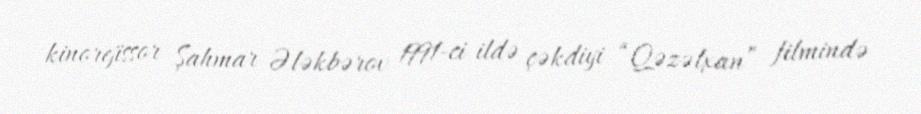
kinorejissor Şahmar Ələkbərov 1991-ci ildə çəkdiyi “Qəzəlxan” filmində